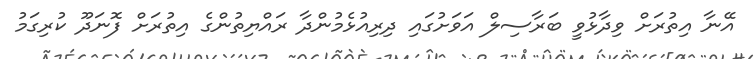
އޭނާ އިތުރަށް ވިދާޅުވީ ބަރާސިލް އަވަށުގައި ދިރިއުޅެމުންދާ ރައްޔިތުންގެ އިތުރަށް ފޮނަދޫ ކުރިގަމު